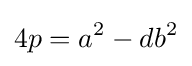
4p=a^{2}-db^{2}